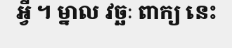
អ្វី ។ ម្នាល វច្ឆៈ ពាក្យ នេះ